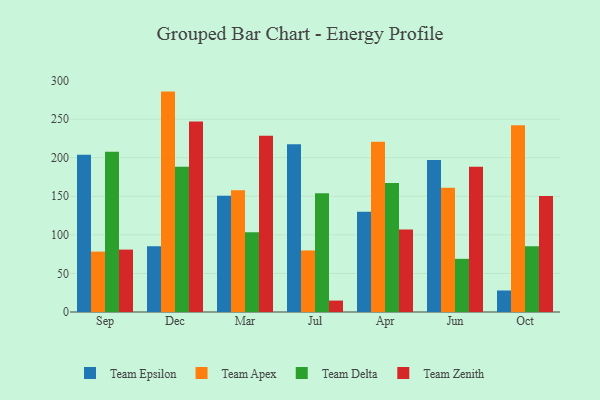
{"axis": {"x": "Month", "y": "Page Views"}, "legend": ["Team Apex", "Team Delta", "Team Epsilon", "Team Zenith"], "data": [{"x": "Sep", "y": 203.8, "type": "Team Epsilon"}, {"x": "Sep", "y": 78.3, "type": "Team Apex"}, {"x": "Sep", "y": 207.6, "type": "Team Delta"}, {"x": "Sep", "y": 80.9, "type": "Team Zenith"}, {"x": "Dec", "y": 85.2, "type": "Team Epsilon"}, {"x": "Dec", "y": 285.7, "type": "Team Apex"}, {"x": "Dec", "y": 188.4, "type": "Team Delta"}, {"x": "Dec", "y": 246.8, "type": "Team Zenith"}, {"x": "Mar", "y": 150.7, "type": "Team Epsilon"}, {"x": "Mar", "y": 157.8, "type": "Team Apex"}, {"x": "Mar", "y": 103.3, "type": "Team Delta"}, {"x": "Mar", "y": 228.6, "type": "Team Zenith"}, {"x": "Jul", "y": 217.6, "type": "Team Epsilon"}, {"x": "Jul", "y": 79.8, "type": "Team Apex"}, {"x": "Jul", "y": 153.9, "type": "Team Delta"}, {"x": "Jul", "y": 14.8, "type": "Team Zenith"}, {"x": "Apr", "y": 130.1, "type": "Team Epsilon"}, {"x": "Apr", "y": 220.7, "type": "Team Apex"}, {"x": "Apr", "y": 167.2, "type": "Team Delta"}, {"x": "Apr", "y": 107.0, "type": "Team Zenith"}, {"x": "Jun", "y": 196.9, "type": "Team Epsilon"}, {"x": "Jun", "y": 161.2, "type": "Team Apex"}, {"x": "Jun", "y": 68.9, "type": "Team Delta"}, {"x": "Jun", "y": 188.3, "type": "Team Zenith"}, {"x": "Oct", "y": 27.9, "type": "Team Epsilon"}, {"x": "Oct", "y": 242.2, "type": "Team Apex"}, {"x": "Oct", "y": 85.3, "type": "Team Delta"}, {"x": "Oct", "y": 150.3, "type": "Team Zenith"}]}